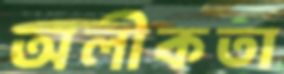
অলীকতা